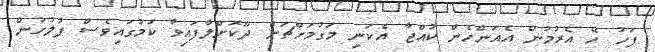
ފަހު ހޭ އެރުމުން އެއަންހެން ކުއްޖާ އެކަނި މަގުމަށްޗަށް ދޫކޮށްލާފައިވާ ކަމުގައިވެސް ފުލުހުން